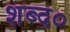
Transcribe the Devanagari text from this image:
शब्द०